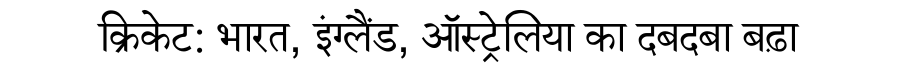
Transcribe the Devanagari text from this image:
क्रिकेट: भारत, इंग्लैंड, ऑस्ट्रेलिया का दबदबा बढ़ा